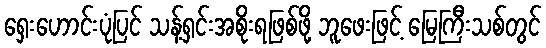
ရှေးဟောင်းပုံပြင် သန့်ရှင်းအစိုးရဖြစ်ဖို့ ဘူဖေးဖြင့် မြေကြီးသစ်တွင်